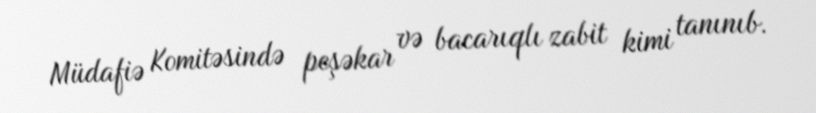
Müdafiə Komitəsində peşəkar və bacarıqlı zabit kimi tanınıb.